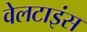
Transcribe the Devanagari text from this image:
वेलटाइंस